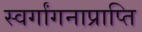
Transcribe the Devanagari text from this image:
स्वर्गांगनाप्राप्ति